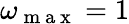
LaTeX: \omega_{\mathrm{~m~a~x~}}=1